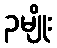
၃မျိုး